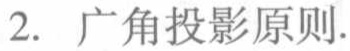
2. 广角投影原则.